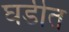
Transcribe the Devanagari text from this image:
घडीत